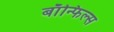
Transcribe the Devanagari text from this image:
बाॅन्फिल्स